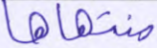
منتهاها